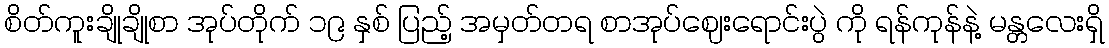
စိတ်ကူးချိုချိုစာ အုပ်တိုက် ၁၉ နှစ် ပြည့် အမှတ်တရ စာအုပ်ဈေးရောင်းပွဲ ကို ရန်ကုန်နဲ့ မန္တလေးရှိ